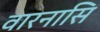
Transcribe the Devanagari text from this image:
वारनासि